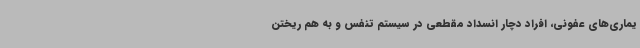
یماری‌های عفونی، افراد دچار انسداد مقطعی در سیستم تنفس و به هم ریختن